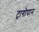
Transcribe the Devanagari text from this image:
ट्रागोपान